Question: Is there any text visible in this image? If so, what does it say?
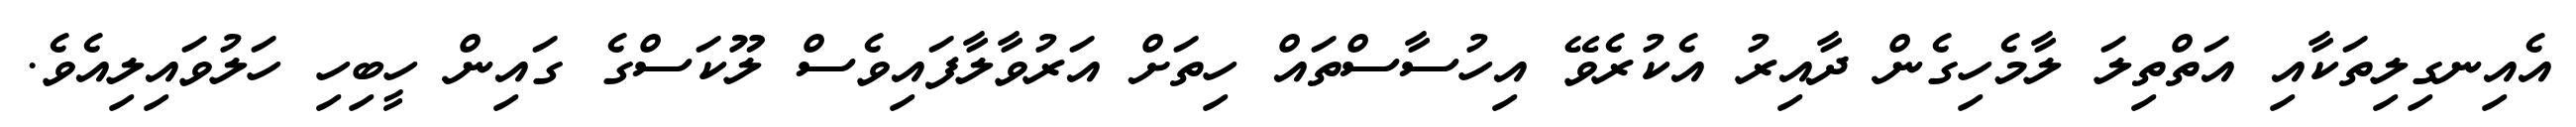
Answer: އެއިނގިލިތަކާއި އަތްތިލަ ލާމެހިގެން ދާއިރު އެކުރެވޭ އިހުސާސްތައް ހިތަށް އަރުވާލާފައިވެސް ލޫކަސްގެ ގައިން ހީބިހި ހަލުވައިލިއެވެ.